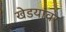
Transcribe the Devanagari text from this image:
खेडयांवर